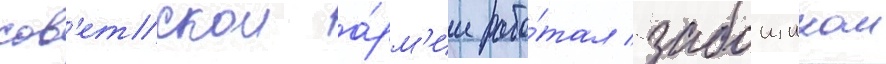
сов'етскои а́рм'ии рабо́тал забоищиком